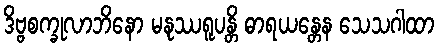
ဒိဗ္ဗစက္ခုလာဘိနော မနုဿရူပန္တိ ဓာရယန္တေန သေသဂါထာ